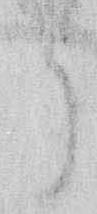
う